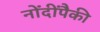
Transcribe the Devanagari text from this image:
नोंदींपैकी